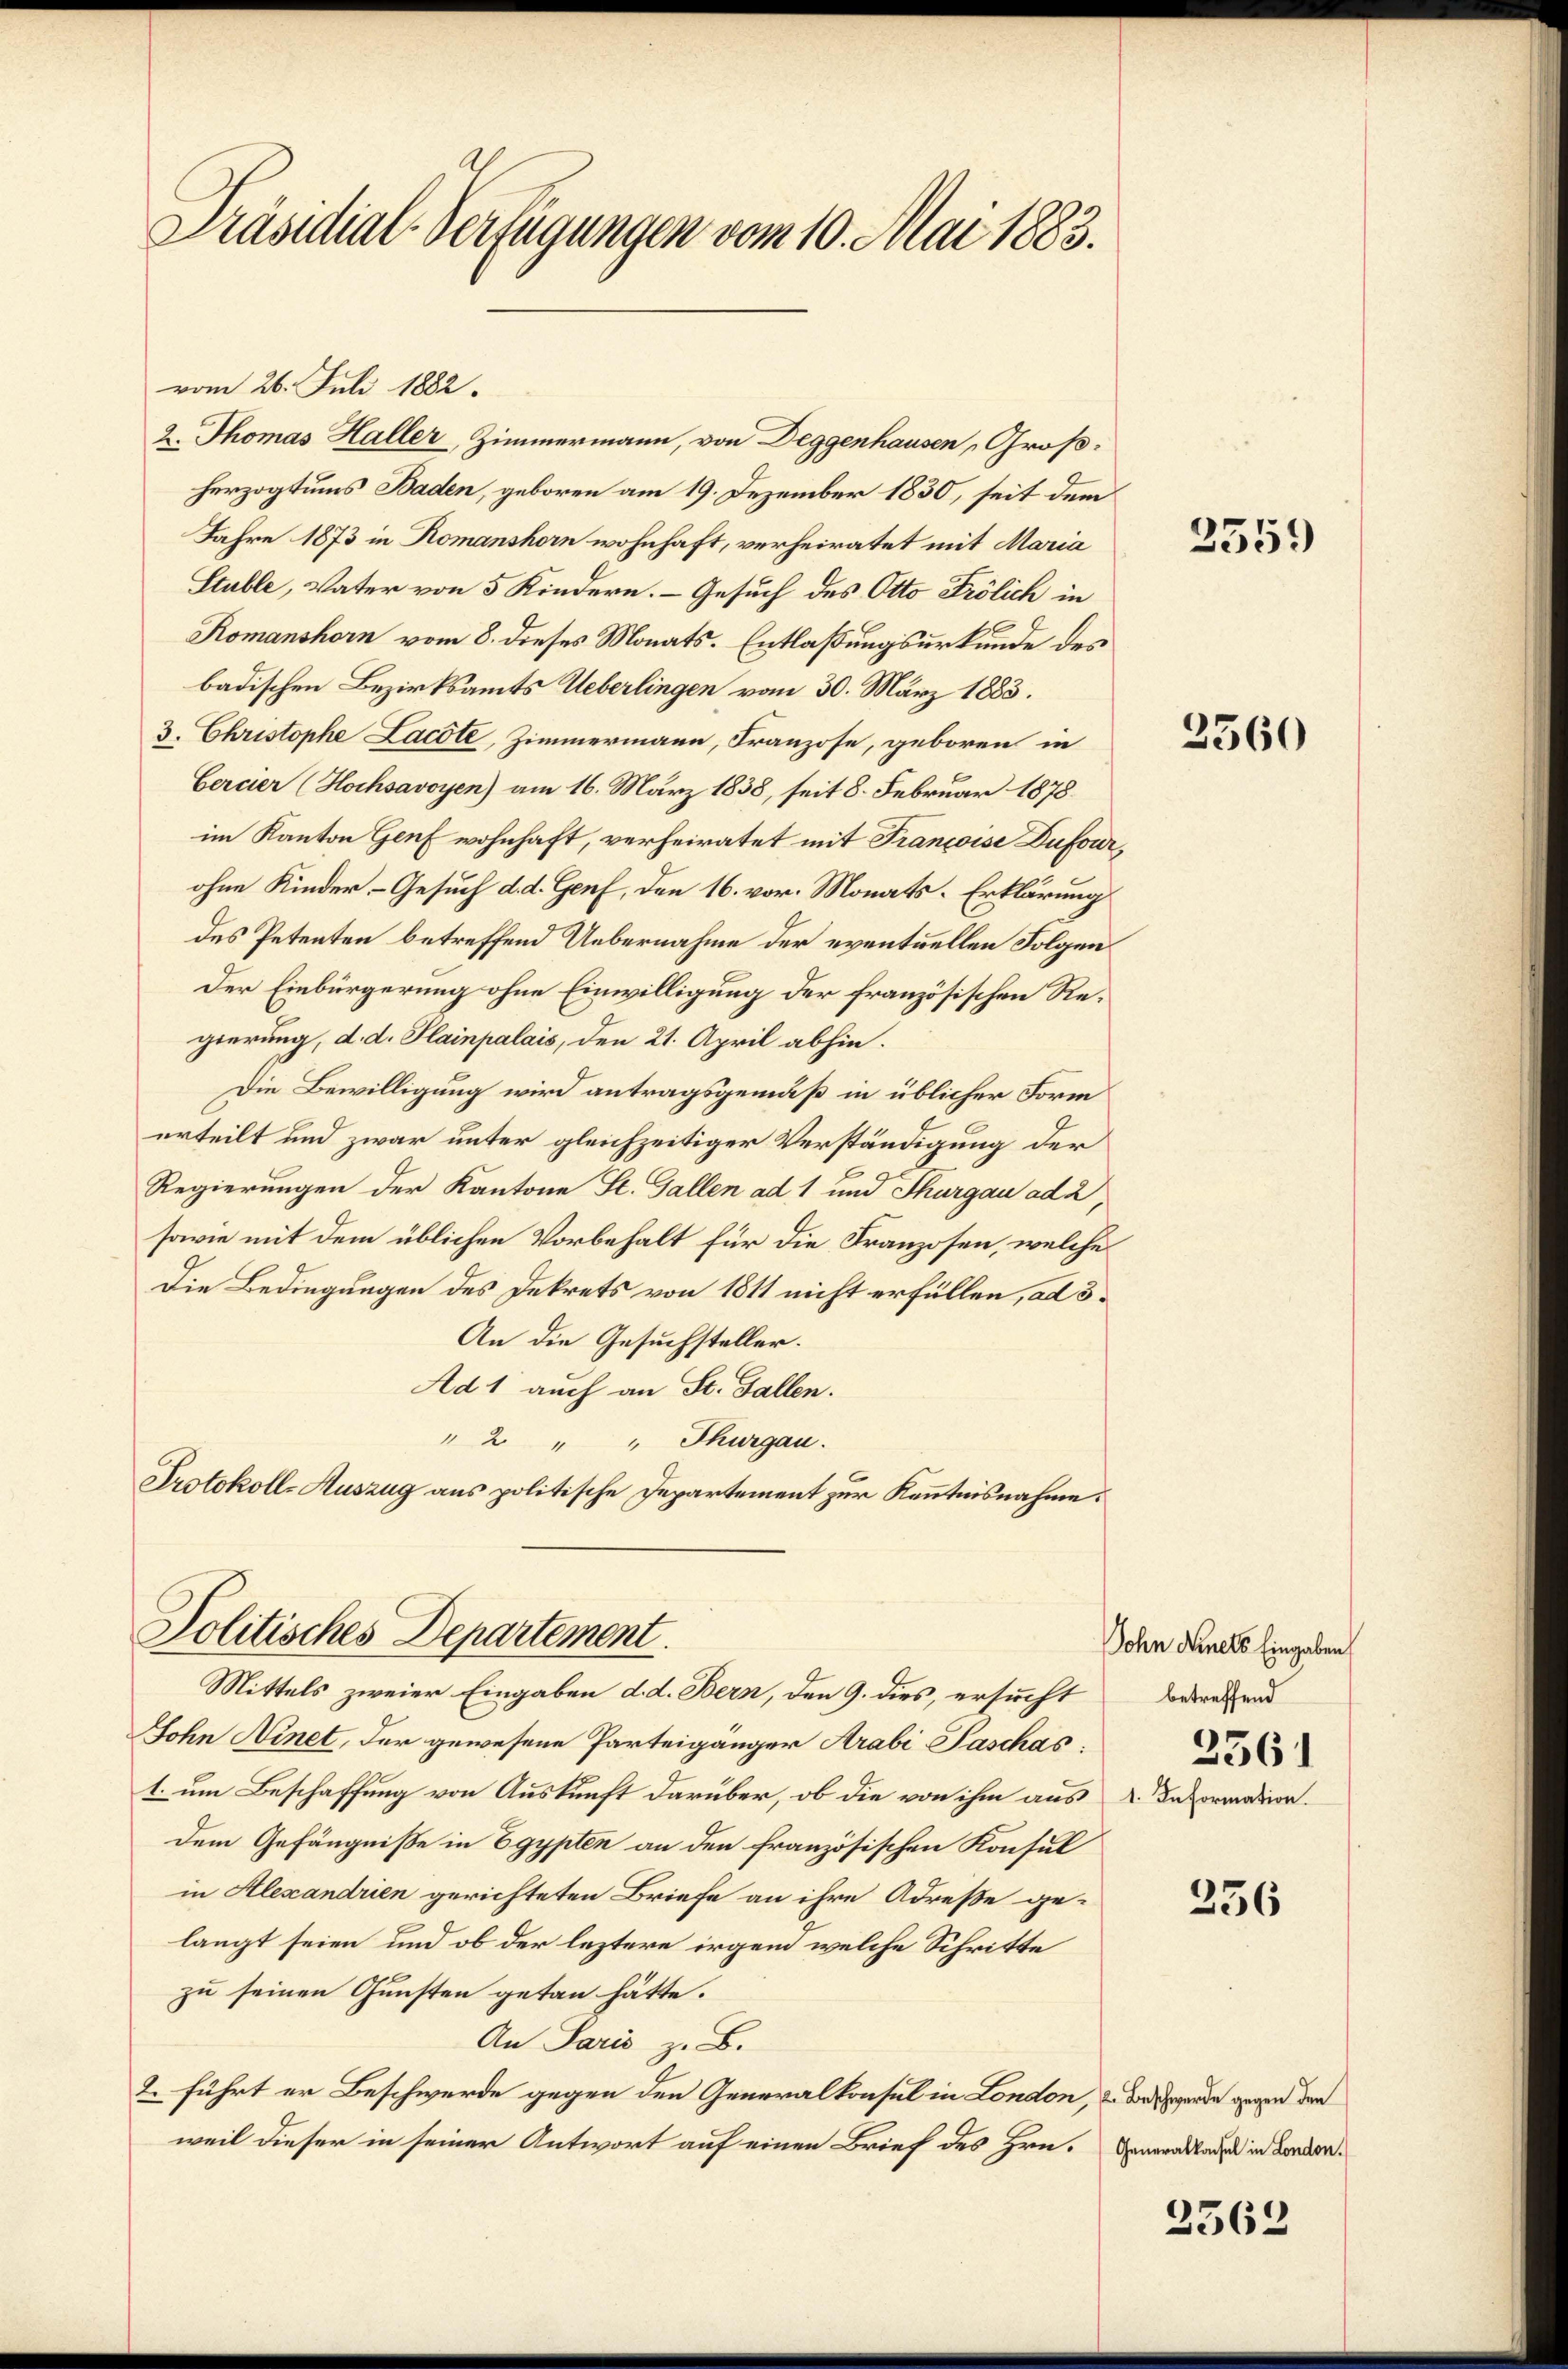
Präsidial-Verfügungen vom 10. Mai 1883.

vom 26. Juli 1882.
2. Thomas Haller, Zimmermann, von Deggenhausen, Großherzogtums Baden, geboren am 19. Dezember 1830, seit dem
Jahre 1873 in Romanshorn wohnhaft, verheiratet mit Maria
Stuble, Vater von 5 Kindern. Gesuch des Otto Frölich in
Komanshorn vom 8. dieses Monats-Entlaßungsurkunde des
badischen Bezirksamts Ueberlingen vom 30. März 1883.
3. Christophe Lacote, Zimmermann, Franzose, geboren in
Cercier (Hochsavoyen) am 16. März 1838, seit 8. Februar 1878
im Kanton Genf wohnhaft, verheiratet mit Francoise Dufourohne Kinder - Gesuch d. d. Genf, den 16. vor. Monats-Erklärung
des Petenten betreffend Uebernahme der eventuellen Folgen
Der Einbürgerung ohne Einwilligung der französischen Regierung, d. d. Plainpalais, den 21. April abhin.
Die Bewilligung wird antragsgemäß in üblicher Form
erteilt und zwar unter gleichzeitiger Verständigung der
Regierungen der Kantone St. Gallen ad 1 und Thurgau ad 2,
sowie mit dem üblichen Vorbehalt für die Franzosen, welche
Die Bedingungen des Dekrets von 1811 nicht erfüllen, ad 3.
An die Gesuchsteller.
Ad 1 auch an St. Gallen.
" 2 " " Thurgau.
Protokoll-Auszug aus politische Departement zur Kenntnisnahme.

Politisches Departement.
Mittels zweier Eingaben d. d. Bern, den 9. dies, ersucht

Sohn Hinet, der gewesene Parteigänger Arabi- Paschas:
1. um Beschaffung von Auskunft darüber, ob die von ihm aus Dekoration.
dem Gefängniße in Egypten an den französischen Konsul
in Alexandrien gerichteten Briefe an ihre Adresse ge-
langt seien und ob der leztere irgen welche Schritte
zu seinen Gunsten getan hätte.
An Paris z. B.
2. führt er Beschwerde gegen den Generalkonsul in London, & das werde gegen den
weil dieser in seiner Antwort auf einen Brief des Hrn. Generalladen in London.

2559

2560

Sohn Ninets Eingaben
betreffend
2561

236

2563